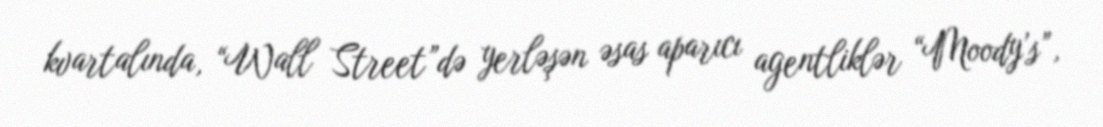
kvartalında, “Wall Street”də yerləşən əsas aparıcı agentliklər “Moody’s”,